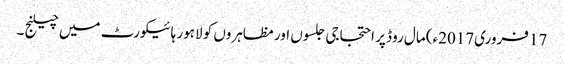
17 فروری2017ء) مال روڈ پر احتجاجی جلسوں اور مظاہروں کو لاہور ہائیکورٹ میں چیلنج ۔